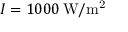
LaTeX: I = 1 0 0 0 \, \mathrm { W / m ^ { 2 } }